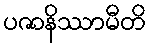
ပဇာနိဿာမီတိ